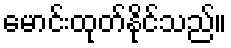
မောင်းထုတ်နိုင်သည်။